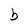
Character: b